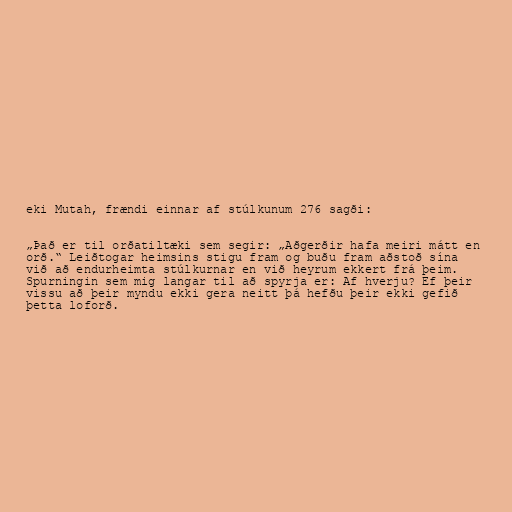
eki Mutah, frændi einnar af stúlkunum 276 sagði:

„Það er til orðatiltæki sem segir: „Aðgerðir hafa meiri mátt en
orð.“ Leiðtogar heimsins stigu fram og buðu fram aðstoð sína
við að endurheimta stúlkurnar en við heyrum ekkert frá þeim.
Spurningin sem mig langar til að spyrja er: Af hverju? Ef þeir
vissu að þeir myndu ekki gera neitt þá hefðu þeir ekki gefið
þetta loforð.